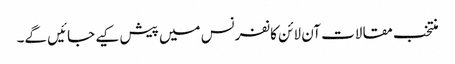
منتخب مقالات آن لائن کانفرنس میں پیش کیے جائیں گے۔